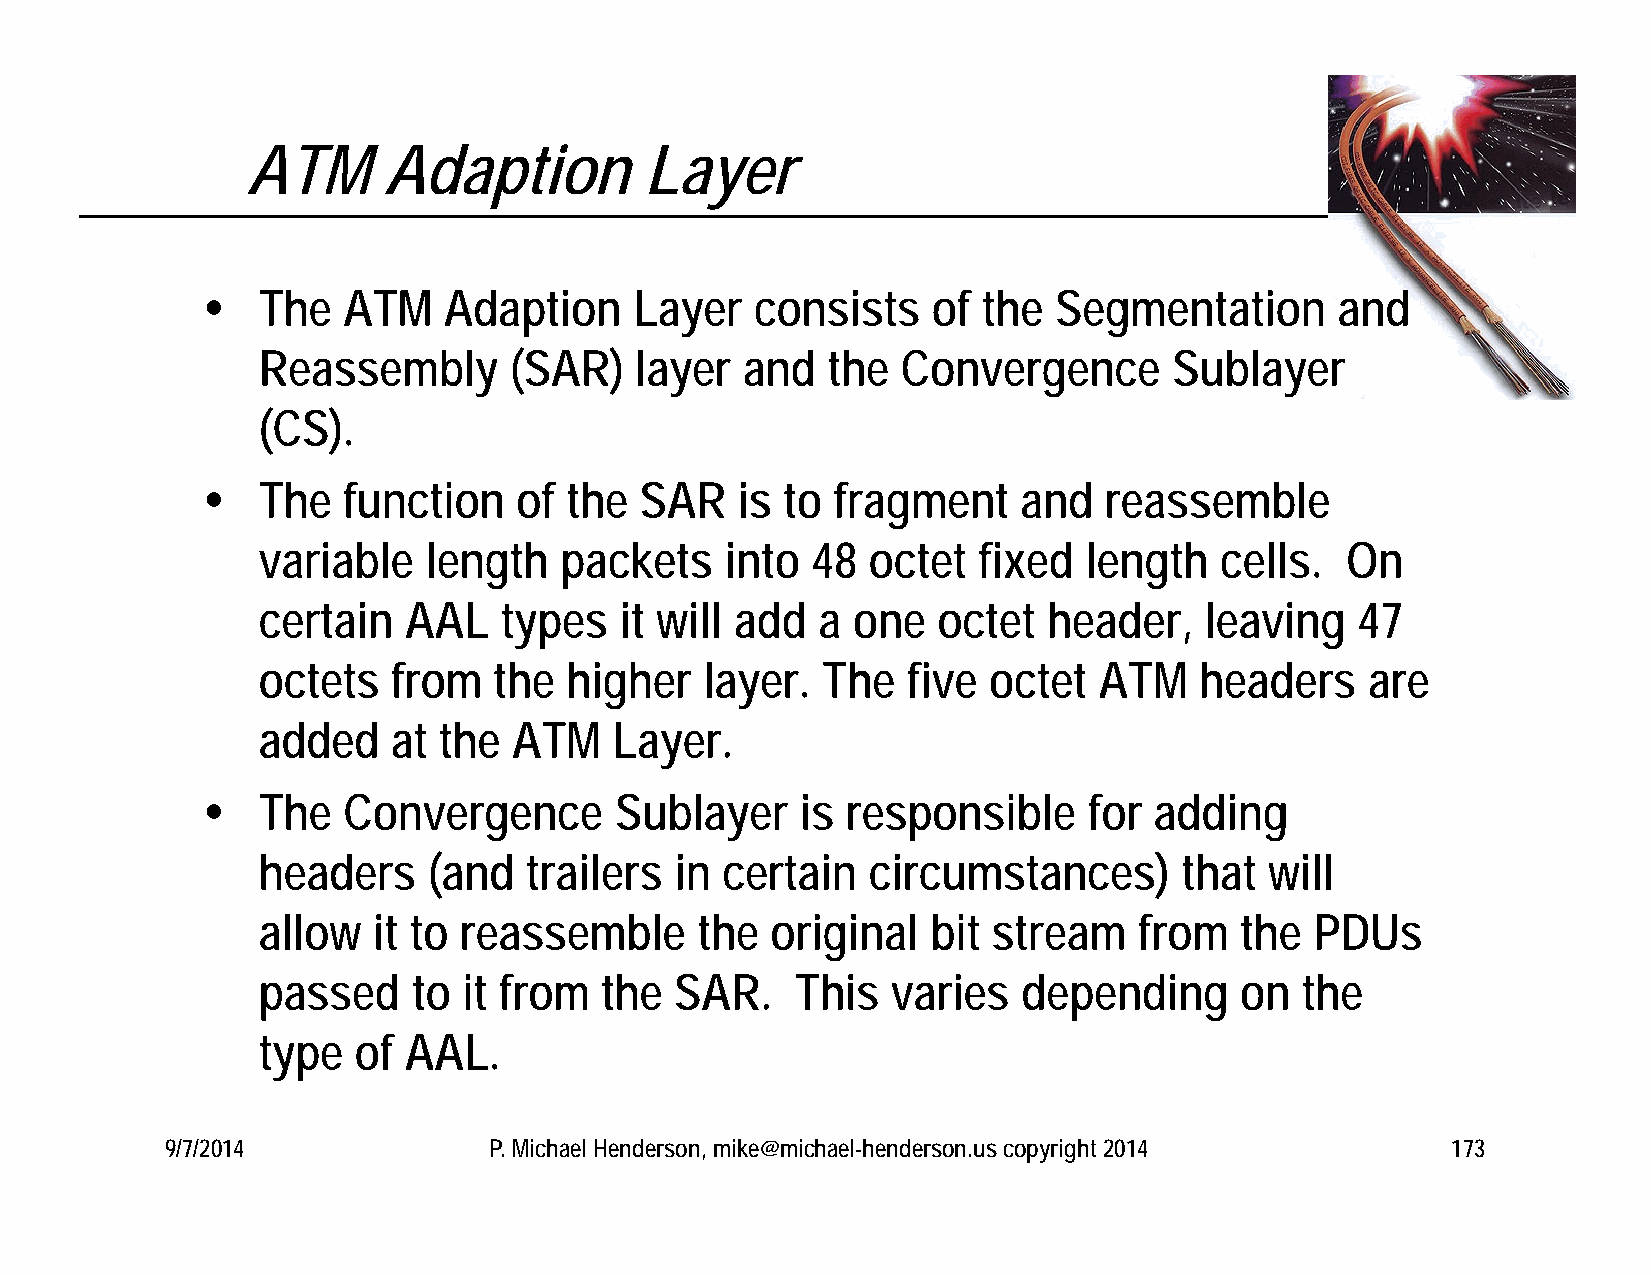
ATM      Adaption          Layer
    The   ATM   Adaption     Layer   consists    of the  Segmentation       and
 Reassembly       (SAR)   layer  and   the  Convergence       Sublayer
 (CS).
    The   function   of the  SAR    is to fragment     and  reassemble
 variable   length   packets    into  48 octet   fixed  length   cells.  On
 certain   AAL   types   it will add  a one   octet  header,    leaving   47
 octets   from   the higher    layer. The   five octet   ATM   headers     are
 added    at the  ATM    Layer.
    The   Convergence       Sublayer    is responsible     for adding
 headers    (and   trailers  in certain  circumstances)       that  will
 allow   it to reassemble     the  original   bit stream   from   the  PDUs
 passed    to  it from  the  SAR.    This  varies   depending     on  the
 type  of  AAL.
 9/7/2014             P. Michael Henderson, mike@michael-henderson.us copyright 2014  173